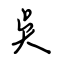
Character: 吳